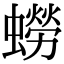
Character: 蟧